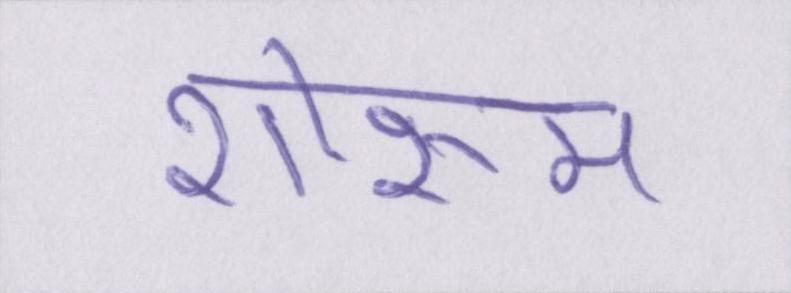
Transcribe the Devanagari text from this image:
शोरूम